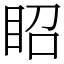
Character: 眧